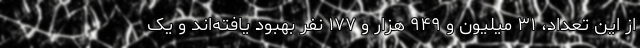
از این تعداد، ۳۱ میلیون و ۹۴۹ هزار و ۱۷۷ نفر بهبود یافته‌اند و یک